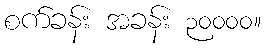
စက်ခန်း အခန်း ၃၀၀၀၀။